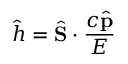
{ \hat { h } } = { \hat { \mathbf { S } } } \cdot { \frac { c { \hat { \mathbf { p } } } } { E } }